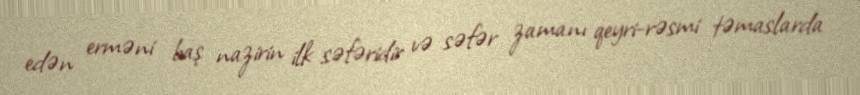
edən erməni baş nazirin ilk səfəridir və səfər zamanı qeyri-rəsmi təmaslarda